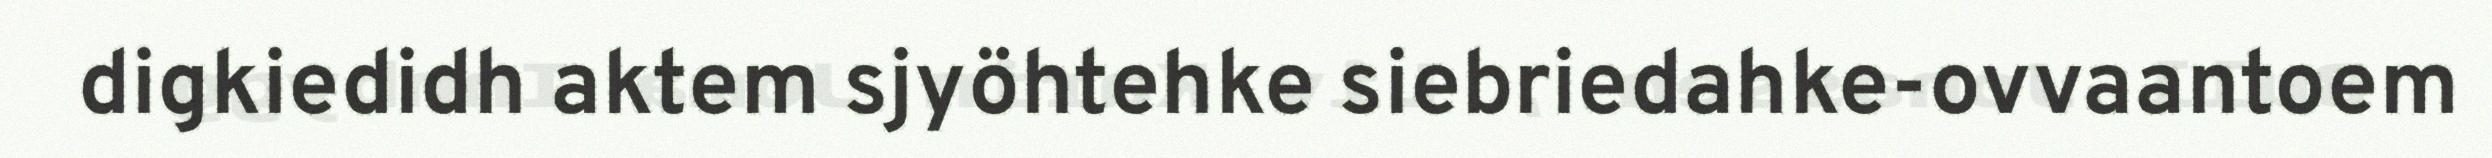
digkiedidh aktem sjyöhtehke siebriedahke-ovvaantoem